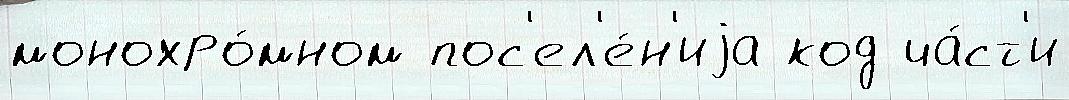
монохро́мном пос'ел'е́н'иjа код ча́ст'и